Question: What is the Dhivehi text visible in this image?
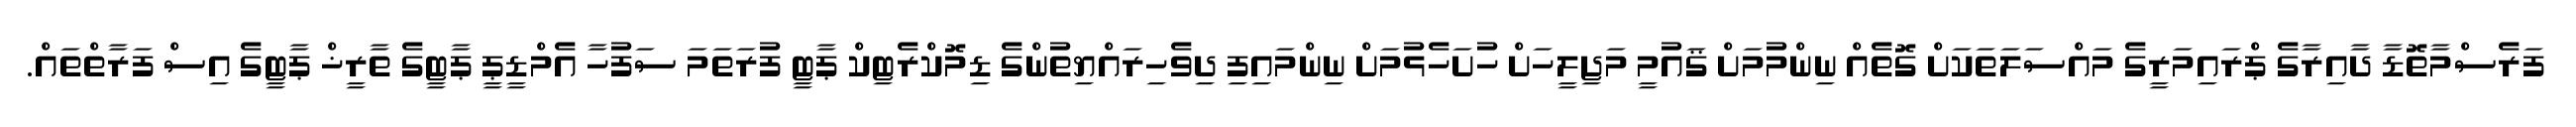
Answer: ފަރެސްމާތޮޑާ ދާއިރާގެ ޕްރައިމަރީގެ މައްސަލަތަކަށް ގޮތެއް ނިންމުމަށް ޤައުމީ މަޖިލީހަށް ހުށަހެޅުމަށް ނިންމައިފި ދިވެހިރައްޔިތުންގެ ޑިމޮކްރެޓިކް ޕާޓީ ފުރަތަމަ ސަފުހާ އެމްޑީޕީ ޕާޓީގެ ތާރީޚް ޕާޓީގެ އިސް ފަރާތްތައް.